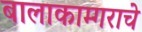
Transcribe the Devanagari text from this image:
बालाकाम्गराचे